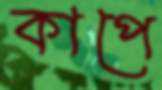
কাপে